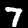
Digit: 7